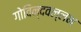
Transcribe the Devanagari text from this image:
गोविन्दवल्लभ